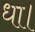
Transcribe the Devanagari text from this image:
धा।